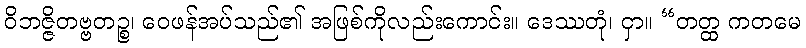
ဝိဘဇ္ဇိတဗ္ဗတဉ္စ၊ ဝေဖန်အပ်သည်၏ အဖြစ်ကိုလည်းကောင်း။ ဒေဿတုံ၊ ငှာ။ “တတ္ထ ကတမေ